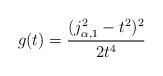
LaTeX: \begin{align*}g(t) = \frac{(j_{\alpha,1}^2-t^2)^2}{2t^4}\end{align*}